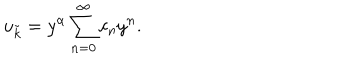
LaTeX: u _ { \tilde { k } } = y ^ { \alpha } \sum _ { n = 0 } ^ { \infty } c _ { n } y ^ { n } .